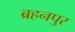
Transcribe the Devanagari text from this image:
ब्रहनपुर